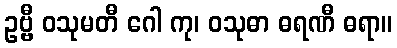
ဥဗ္ဗီ ဝသုမတီ ဂေါ ကု၊ ဝသုဓာ ဓရဏီ ဓရာ။